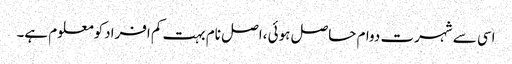
اسی سے شہرت دوام حاصل ہوئی ،اصل نام بہت کم افرادکومعلوم ہے۔